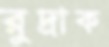
রুদ্রাক